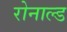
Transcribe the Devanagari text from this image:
रोनाल्‍ड